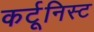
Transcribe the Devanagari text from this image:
कर्टूनिस्ट